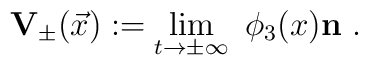
{\mathbf{V}}_{\pm}(\vec{x}) := \lim_{t \to \pm \infty}\ \phi_3(x){\mathbf{n}} ~.